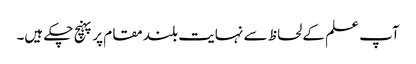
آپ علم کے لحاظ سے نہایت بلند مقام پر پہنچ چکے ہیں۔